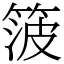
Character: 箥